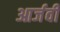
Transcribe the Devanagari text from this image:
आर्जवी